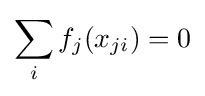
\sum _{i}f_{j}(x_{ji})=0